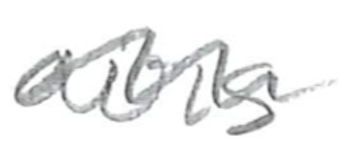
Text: airs
Cross-out: wave
Writing tool: pencil